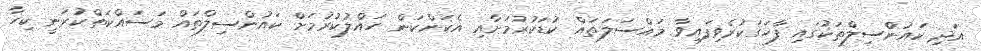
އަދި ކައުންްސިލްތަކުގައި ފާހަގަކުރެވިފައިވާ މައްސަލަތައް ކުޑަކުރުމަށާއި އެކަންކަން ހައްލުކުރުމަށް ކައުުންސިލްތައް މަސައްކަތްކުރަނީ ކިހާ